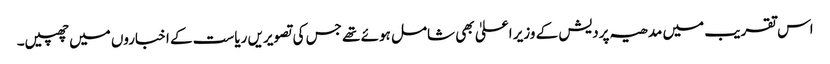
اس تقریب میں مدھیہ پردیش کے وزیر اعلیٰ بھی شامل ہوئے تھے جس کی تصویریں ریاست کے اخباروں میں چھپیں۔